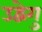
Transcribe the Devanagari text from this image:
उद्वेगु